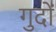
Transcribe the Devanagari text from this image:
गुदों